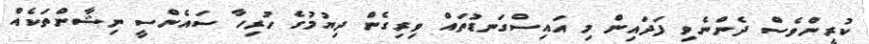
ކުރީންވެސް ދެންނެވި ފަދައިން މި އައިސްގަނޑުތައް ވިރިގެން ދިޔުމުގެ ހުރިހާ ސައެންސީ ނިޝާންތަކެއް